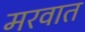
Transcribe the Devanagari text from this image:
मरवात